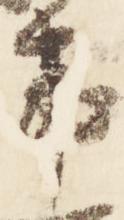
事